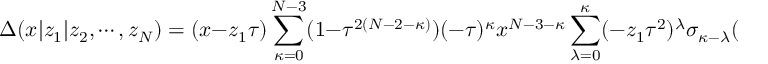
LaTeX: \Delta ( x | z _ { 1 } | z _ { 2 } , \cdots , z _ { N } ) = ( x - z _ { 1 } \tau ) \sum _ { \kappa = 0 } ^ { N - 3 } ( 1 - \tau ^ { 2 ( N - 2 - \kappa ) } ) ( - \tau ) ^ { \kappa } x ^ { N - 3 - \kappa } \sum _ { \lambda = 0 } ^ { \kappa } ( - z _ { 1 } \tau ^ { 2 } ) ^ { \lambda } \sigma _ { \kappa - \lambda } ( z _ { 2 } \cdots z _ { N } ) ,